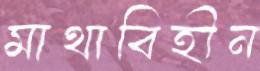
মাথাবিহীন